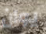
يوان